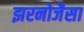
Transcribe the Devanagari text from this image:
झरनोजैसा